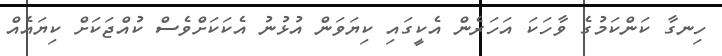
ހިނގާ ކަންކަމުގެ ވާހަކަ އަހަރެން އެކީގައި ކިޔަވަން އުޅުނު އެކަކަށްވެސް ކުއްޖަކަށް ކިޔައެއް